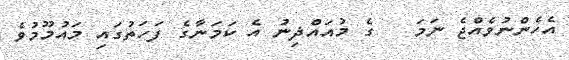
އެހެންނުވެއްޖެ ނަމަ   ގެ މުއައްޛިނު އެ ކަމަނާގެ ފަހަތުގައި މައުމޫމުވެ